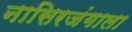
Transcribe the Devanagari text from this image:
नासिरजंगाला